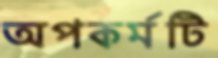
অপকর্মটি